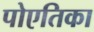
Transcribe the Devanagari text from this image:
पोएतिका